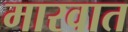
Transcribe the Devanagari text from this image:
मारवात